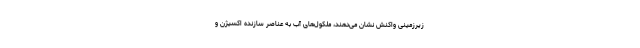
زیرزمینی واکنش نشان می‌دهند، ملکول‌های آب به عناصر سازنده اکسیژن و